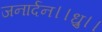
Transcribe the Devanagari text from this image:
जनार्दन।।ध्रु।।